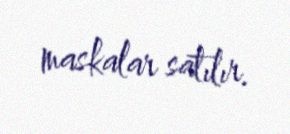
maskalar satılır.